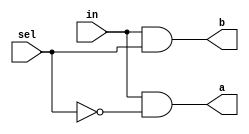
`timescale 1ns / 1ps
module DMux(input in,sel,
    output a,b);
    wire _sel,_a,_b;
    nand X1(_sel,sel,sel);
    nand X2(_a,in,_sel);
    nand X3(_b,in,sel);
    nand X4(a,_a,_a);
    nand X5(b,_b,_b);
    
endmodule